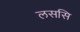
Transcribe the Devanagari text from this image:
लससि